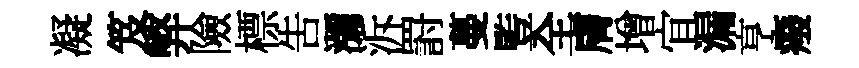
凝笈弊險標告瀰泝罸蔓䜿全膚增宜漏亨癈